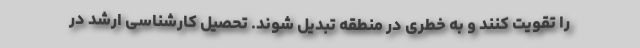
را تقویت کنند و به خطری در منطقه تبدیل شوند. تحصیل کارشناسی ارشد در